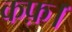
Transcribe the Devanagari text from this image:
कफ़।